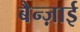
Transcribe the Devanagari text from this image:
बैन्ज़ाई